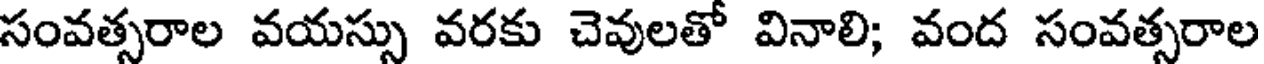
సంవత్సరాల వయస్సు వరకు చెవులతో వినాలి; వంద సంవత్సరాల